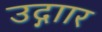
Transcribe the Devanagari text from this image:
उद्गाार